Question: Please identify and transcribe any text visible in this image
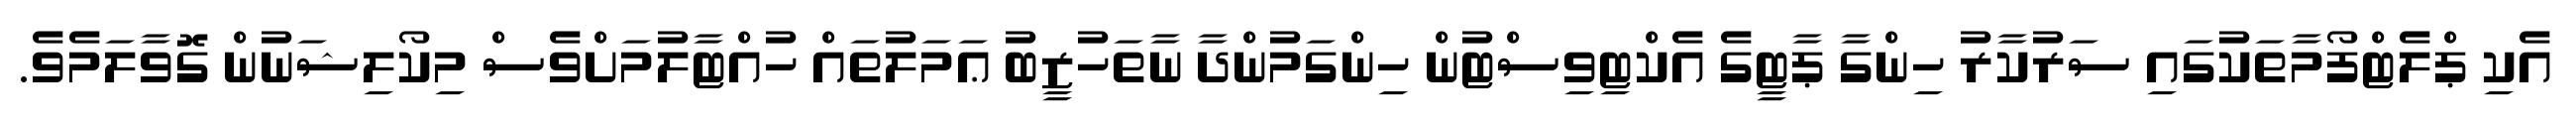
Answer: އެކި ޕްލެޓްފޯމާތަކުގައި ސަރުކާރު ހިންގާ ޕާޓީގެ އެކްޓިވިސްޓުން ހިންގަމުންދާ ނާތަހުޒީބު ޢަމަލުތައް ހުއްޓާލުމަށްވެސް މިކޯލިޝަނުން ގޮވާލަމެވެ.